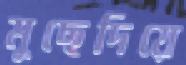
মুছেদিয়ে